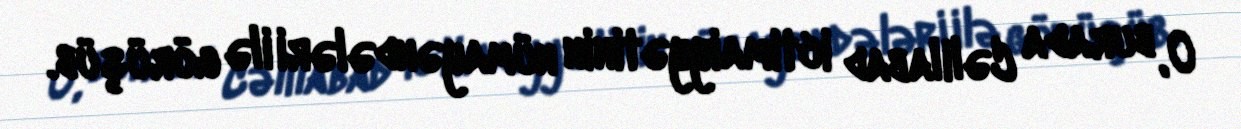
O, burada Cəlilabad ictimaiyyətinin nümayəndələri ilə görüşüb.